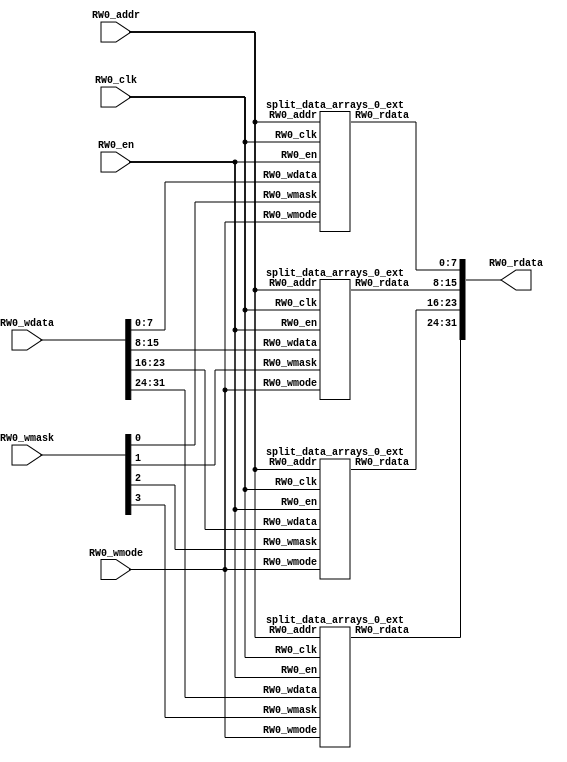
module data_arrays_0_ext(
  input  [11:0] RW0_addr,
  input         RW0_clk,
  input  [31:0] RW0_wdata,
  output [31:0] RW0_rdata,
  input         RW0_en,
  input         RW0_wmode,
  input  [3:0]  RW0_wmask
);
  wire [11:0] mem_0_0_RW0_addr;
  wire  mem_0_0_RW0_clk;
  wire [7:0] mem_0_0_RW0_wdata;
  wire [7:0] mem_0_0_RW0_rdata;
  wire  mem_0_0_RW0_en;
  wire  mem_0_0_RW0_wmode;
  wire  mem_0_0_RW0_wmask;
  wire [11:0] mem_0_1_RW0_addr;
  wire  mem_0_1_RW0_clk;
  wire [7:0] mem_0_1_RW0_wdata;
  wire [7:0] mem_0_1_RW0_rdata;
  wire  mem_0_1_RW0_en;
  wire  mem_0_1_RW0_wmode;
  wire  mem_0_1_RW0_wmask;
  wire [11:0] mem_0_2_RW0_addr;
  wire  mem_0_2_RW0_clk;
  wire [7:0] mem_0_2_RW0_wdata;
  wire [7:0] mem_0_2_RW0_rdata;
  wire  mem_0_2_RW0_en;
  wire  mem_0_2_RW0_wmode;
  wire  mem_0_2_RW0_wmask;
  wire [11:0] mem_0_3_RW0_addr;
  wire  mem_0_3_RW0_clk;
  wire [7:0] mem_0_3_RW0_wdata;
  wire [7:0] mem_0_3_RW0_rdata;
  wire  mem_0_3_RW0_en;
  wire  mem_0_3_RW0_wmode;
  wire  mem_0_3_RW0_wmask;
  wire [7:0] RW0_rdata_0_0 = mem_0_0_RW0_rdata;
  wire [7:0] RW0_rdata_0_1 = mem_0_1_RW0_rdata;
  wire [7:0] RW0_rdata_0_2 = mem_0_2_RW0_rdata;
  wire [7:0] RW0_rdata_0_3 = mem_0_3_RW0_rdata;
  wire [15:0] _GEN_0 = {RW0_rdata_0_1,RW0_rdata_0_0};
  wire [23:0] _GEN_1 = {RW0_rdata_0_2,RW0_rdata_0_1,RW0_rdata_0_0};
  wire [31:0] RW0_rdata_0 = {RW0_rdata_0_3,RW0_rdata_0_2,RW0_rdata_0_1,RW0_rdata_0_0};
  wire [15:0] _GEN_2 = {RW0_rdata_0_1,RW0_rdata_0_0};
  wire [23:0] _GEN_3 = {RW0_rdata_0_2,RW0_rdata_0_1,RW0_rdata_0_0};
  split_data_arrays_0_ext mem_0_0 (
    .RW0_addr(mem_0_0_RW0_addr),
    .RW0_clk(mem_0_0_RW0_clk),
    .RW0_wdata(mem_0_0_RW0_wdata),
    .RW0_rdata(mem_0_0_RW0_rdata),
    .RW0_en(mem_0_0_RW0_en),
    .RW0_wmode(mem_0_0_RW0_wmode),
    .RW0_wmask(mem_0_0_RW0_wmask)
  );
  split_data_arrays_0_ext mem_0_1 (
    .RW0_addr(mem_0_1_RW0_addr),
    .RW0_clk(mem_0_1_RW0_clk),
    .RW0_wdata(mem_0_1_RW0_wdata),
    .RW0_rdata(mem_0_1_RW0_rdata),
    .RW0_en(mem_0_1_RW0_en),
    .RW0_wmode(mem_0_1_RW0_wmode),
    .RW0_wmask(mem_0_1_RW0_wmask)
  );
  split_data_arrays_0_ext mem_0_2 (
    .RW0_addr(mem_0_2_RW0_addr),
    .RW0_clk(mem_0_2_RW0_clk),
    .RW0_wdata(mem_0_2_RW0_wdata),
    .RW0_rdata(mem_0_2_RW0_rdata),
    .RW0_en(mem_0_2_RW0_en),
    .RW0_wmode(mem_0_2_RW0_wmode),
    .RW0_wmask(mem_0_2_RW0_wmask)
  );
  split_data_arrays_0_ext mem_0_3 (
    .RW0_addr(mem_0_3_RW0_addr),
    .RW0_clk(mem_0_3_RW0_clk),
    .RW0_wdata(mem_0_3_RW0_wdata),
    .RW0_rdata(mem_0_3_RW0_rdata),
    .RW0_en(mem_0_3_RW0_en),
    .RW0_wmode(mem_0_3_RW0_wmode),
    .RW0_wmask(mem_0_3_RW0_wmask)
  );
  assign RW0_rdata = {RW0_rdata_0_3,_GEN_1};
  assign mem_0_0_RW0_addr = RW0_addr;
  assign mem_0_0_RW0_clk = RW0_clk;
  assign mem_0_0_RW0_wdata = RW0_wdata[7:0];
  assign mem_0_0_RW0_en = RW0_en;
  assign mem_0_0_RW0_wmode = RW0_wmode;
  assign mem_0_0_RW0_wmask = RW0_wmask[0];
  assign mem_0_1_RW0_addr = RW0_addr;
  assign mem_0_1_RW0_clk = RW0_clk;
  assign mem_0_1_RW0_wdata = RW0_wdata[15:8];
  assign mem_0_1_RW0_en = RW0_en;
  assign mem_0_1_RW0_wmode = RW0_wmode;
  assign mem_0_1_RW0_wmask = RW0_wmask[1];
  assign mem_0_2_RW0_addr = RW0_addr;
  assign mem_0_2_RW0_clk = RW0_clk;
  assign mem_0_2_RW0_wdata = RW0_wdata[23:16];
  assign mem_0_2_RW0_en = RW0_en;
  assign mem_0_2_RW0_wmode = RW0_wmode;
  assign mem_0_2_RW0_wmask = RW0_wmask[2];
  assign mem_0_3_RW0_addr = RW0_addr;
  assign mem_0_3_RW0_clk = RW0_clk;
  assign mem_0_3_RW0_wdata = RW0_wdata[31:24];
  assign mem_0_3_RW0_en = RW0_en;
  assign mem_0_3_RW0_wmode = RW0_wmode;
  assign mem_0_3_RW0_wmask = RW0_wmask[3];
endmodule
module tag_array_ext(
  input  [5:0]  RW0_addr,
  input         RW0_clk,
  input  [20:0] RW0_wdata,
  output [20:0] RW0_rdata,
  input         RW0_en,
  input         RW0_wmode,
  input         RW0_wmask
);
  wire [5:0] mem_0_0_RW0_addr;
  wire  mem_0_0_RW0_clk;
  wire [20:0] mem_0_0_RW0_wdata;
  wire [20:0] mem_0_0_RW0_rdata;
  wire  mem_0_0_RW0_en;
  wire  mem_0_0_RW0_wmode;
  wire  mem_0_0_RW0_wmask;
  wire [20:0] RW0_rdata_0_0 = mem_0_0_RW0_rdata;
  wire [20:0] RW0_rdata_0 = RW0_rdata_0_0;
  split_tag_array_ext mem_0_0 (
    .RW0_addr(mem_0_0_RW0_addr),
    .RW0_clk(mem_0_0_RW0_clk),
    .RW0_wdata(mem_0_0_RW0_wdata),
    .RW0_rdata(mem_0_0_RW0_rdata),
    .RW0_en(mem_0_0_RW0_en),
    .RW0_wmode(mem_0_0_RW0_wmode),
    .RW0_wmask(mem_0_0_RW0_wmask)
  );
  assign RW0_rdata = mem_0_0_RW0_rdata;
  assign mem_0_0_RW0_addr = RW0_addr;
  assign mem_0_0_RW0_clk = RW0_clk;
  assign mem_0_0_RW0_wdata = RW0_wdata;
  assign mem_0_0_RW0_en = RW0_en;
  assign mem_0_0_RW0_wmode = RW0_wmode;
  assign mem_0_0_RW0_wmask = RW0_wmask;
endmodule
module data_arrays_0_0_ext(
  input  [9:0]  RW0_addr,
  input         RW0_clk,
  input  [31:0] RW0_wdata,
  output [31:0] RW0_rdata,
  input         RW0_en,
  input         RW0_wmode,
  input         RW0_wmask
);
  wire [9:0] mem_0_0_RW0_addr;
  wire  mem_0_0_RW0_clk;
  wire [31:0] mem_0_0_RW0_wdata;
  wire [31:0] mem_0_0_RW0_rdata;
  wire  mem_0_0_RW0_en;
  wire  mem_0_0_RW0_wmode;
  wire  mem_0_0_RW0_wmask;
  wire [31:0] RW0_rdata_0_0 = mem_0_0_RW0_rdata;
  wire [31:0] RW0_rdata_0 = RW0_rdata_0_0;
  split_data_arrays_0_0_ext mem_0_0 (
    .RW0_addr(mem_0_0_RW0_addr),
    .RW0_clk(mem_0_0_RW0_clk),
    .RW0_wdata(mem_0_0_RW0_wdata),
    .RW0_rdata(mem_0_0_RW0_rdata),
    .RW0_en(mem_0_0_RW0_en),
    .RW0_wmode(mem_0_0_RW0_wmode),
    .RW0_wmask(mem_0_0_RW0_wmask)
  );
  assign RW0_rdata = mem_0_0_RW0_rdata;
  assign mem_0_0_RW0_addr = RW0_addr;
  assign mem_0_0_RW0_clk = RW0_clk;
  assign mem_0_0_RW0_wdata = RW0_wdata;
  assign mem_0_0_RW0_en = RW0_en;
  assign mem_0_0_RW0_wmode = RW0_wmode;
  assign mem_0_0_RW0_wmask = RW0_wmask;
endmodule
module l2_tlb_ram_ext(
  input  [9:0]  RW0_addr,
  input         RW0_clk,
  input  [36:0] RW0_wdata,
  output [36:0] RW0_rdata,
  input         RW0_en,
  input         RW0_wmode
);
  wire [9:0] mem_0_0_RW0_addr;
  wire  mem_0_0_RW0_clk;
  wire [36:0] mem_0_0_RW0_wdata;
  wire [36:0] mem_0_0_RW0_rdata;
  wire  mem_0_0_RW0_en;
  wire  mem_0_0_RW0_wmode;
  wire [36:0] RW0_rdata_0_0 = mem_0_0_RW0_rdata;
  wire [36:0] RW0_rdata_0 = RW0_rdata_0_0;
  split_l2_tlb_ram_ext mem_0_0 (
    .RW0_addr(mem_0_0_RW0_addr),
    .RW0_clk(mem_0_0_RW0_clk),
    .RW0_wdata(mem_0_0_RW0_wdata),
    .RW0_rdata(mem_0_0_RW0_rdata),
    .RW0_en(mem_0_0_RW0_en),
    .RW0_wmode(mem_0_0_RW0_wmode)
  );
  assign RW0_rdata = mem_0_0_RW0_rdata;
  assign mem_0_0_RW0_addr = RW0_addr;
  assign mem_0_0_RW0_clk = RW0_clk;
  assign mem_0_0_RW0_wdata = RW0_wdata;
  assign mem_0_0_RW0_en = RW0_en;
  assign mem_0_0_RW0_wmode = RW0_wmode;
endmodule
module split_data_arrays_0_ext(
  input  [11:0] RW0_addr,
  input         RW0_clk,
  input  [7:0]  RW0_wdata,
  output [7:0]  RW0_rdata,
  input         RW0_en,
  input         RW0_wmode,
  input         RW0_wmask
);
`ifdef RANDOMIZE_MEM_INIT
  reg [31:0] _RAND_0;
`endif // RANDOMIZE_MEM_INIT
`ifdef RANDOMIZE_REG_INIT
  reg [31:0] _RAND_1;
  reg [31:0] _RAND_2;
`endif // RANDOMIZE_REG_INIT
  reg [7:0] ram [0:4095];
  wire [7:0] ram_RW_0_r_data;
  wire [11:0] ram_RW_0_r_addr;
  wire [7:0] ram_RW_0_w_data;
  wire [11:0] ram_RW_0_w_addr;
  wire  ram_RW_0_w_mask;
  wire  ram_RW_0_w_en;
  reg  ram_RW_0_r_en_pipe_0;
  reg [11:0] ram_RW_0_r_addr_pipe_0;
  wire  _GEN_0 = ~RW0_wmode;
  wire  _GEN_1 = ~RW0_wmode;
  assign ram_RW_0_r_addr = ram_RW_0_r_addr_pipe_0;
  assign ram_RW_0_r_data = ram[ram_RW_0_r_addr];
  assign ram_RW_0_w_data = RW0_wdata;
  assign ram_RW_0_w_addr = RW0_addr;
  assign ram_RW_0_w_mask = RW0_wmask;
  assign ram_RW_0_w_en = RW0_en & RW0_wmode;
  assign RW0_rdata = ram_RW_0_r_data;
  always @(posedge RW0_clk) begin
    if(ram_RW_0_w_en & ram_RW_0_w_mask) begin
      ram[ram_RW_0_w_addr] <= ram_RW_0_w_data;
    end
    ram_RW_0_r_en_pipe_0 <= RW0_en & ~RW0_wmode;
    if (RW0_en & ~RW0_wmode) begin
      ram_RW_0_r_addr_pipe_0 <= RW0_addr;
    end
  end
// Register and memory initialization
`ifdef RANDOMIZE_GARBAGE_ASSIGN
`define RANDOMIZE
`endif
`ifdef RANDOMIZE_INVALID_ASSIGN
`define RANDOMIZE
`endif
`ifdef RANDOMIZE_REG_INIT
`define RANDOMIZE
`endif
`ifdef RANDOMIZE_MEM_INIT
`define RANDOMIZE
`endif
`ifndef RANDOM
`define RANDOM $random
`endif
`ifdef RANDOMIZE_MEM_INIT
  integer initvar;
`endif
`ifndef SYNTHESIS
`ifdef FIRRTL_BEFORE_INITIAL
`FIRRTL_BEFORE_INITIAL
`endif
initial begin
  `ifdef RANDOMIZE
    `ifdef INIT_RANDOM
      `INIT_RANDOM
    `endif
    `ifndef VERILATOR
      `ifdef RANDOMIZE_DELAY
        #`RANDOMIZE_DELAY begin end
      `else
        #0.002 begin end
      `endif
    `endif
`ifdef RANDOMIZE_MEM_INIT
  _RAND_0 = {1{`RANDOM}};
  for (initvar = 0; initvar < 4096; initvar = initvar+1)
    ram[initvar] = _RAND_0[7:0];
`endif // RANDOMIZE_MEM_INIT
`ifdef RANDOMIZE_REG_INIT
  _RAND_1 = {1{`RANDOM}};
  ram_RW_0_r_en_pipe_0 = _RAND_1[0:0];
  _RAND_2 = {1{`RANDOM}};
  ram_RW_0_r_addr_pipe_0 = _RAND_2[11:0];
`endif // RANDOMIZE_REG_INIT
  `endif // RANDOMIZE
end // initial
`ifdef FIRRTL_AFTER_INITIAL
`FIRRTL_AFTER_INITIAL
`endif
`endif // SYNTHESIS
endmodule
module split_tag_array_ext(
  input  [5:0]  RW0_addr,
  input         RW0_clk,
  input  [20:0] RW0_wdata,
  output [20:0] RW0_rdata,
  input         RW0_en,
  input         RW0_wmode,
  input         RW0_wmask
);
`ifdef RANDOMIZE_MEM_INIT
  reg [31:0] _RAND_0;
`endif // RANDOMIZE_MEM_INIT
`ifdef RANDOMIZE_REG_INIT
  reg [31:0] _RAND_1;
  reg [31:0] _RAND_2;
`endif // RANDOMIZE_REG_INIT
  reg [20:0] ram [0:63];
  wire [20:0] ram_RW_0_r_data;
  wire [5:0] ram_RW_0_r_addr;
  wire [20:0] ram_RW_0_w_data;
  wire [5:0] ram_RW_0_w_addr;
  wire  ram_RW_0_w_mask;
  wire  ram_RW_0_w_en;
  reg  ram_RW_0_r_en_pipe_0;
  reg [5:0] ram_RW_0_r_addr_pipe_0;
  wire  _GEN_0 = ~RW0_wmode;
  wire  _GEN_1 = ~RW0_wmode;
  assign ram_RW_0_r_addr = ram_RW_0_r_addr_pipe_0;
  assign ram_RW_0_r_data = ram[ram_RW_0_r_addr];
  assign ram_RW_0_w_data = RW0_wdata;
  assign ram_RW_0_w_addr = RW0_addr;
  assign ram_RW_0_w_mask = RW0_wmask;
  assign ram_RW_0_w_en = RW0_en & RW0_wmode;
  assign RW0_rdata = ram_RW_0_r_data;
  always @(posedge RW0_clk) begin
    if(ram_RW_0_w_en & ram_RW_0_w_mask) begin
      ram[ram_RW_0_w_addr] <= ram_RW_0_w_data;
    end
    ram_RW_0_r_en_pipe_0 <= RW0_en & ~RW0_wmode;
    if (RW0_en & ~RW0_wmode) begin
      ram_RW_0_r_addr_pipe_0 <= RW0_addr;
    end
  end
// Register and memory initialization
`ifdef RANDOMIZE_GARBAGE_ASSIGN
`define RANDOMIZE
`endif
`ifdef RANDOMIZE_INVALID_ASSIGN
`define RANDOMIZE
`endif
`ifdef RANDOMIZE_REG_INIT
`define RANDOMIZE
`endif
`ifdef RANDOMIZE_MEM_INIT
`define RANDOMIZE
`endif
`ifndef RANDOM
`define RANDOM $random
`endif
`ifdef RANDOMIZE_MEM_INIT
  integer initvar;
`endif
`ifndef SYNTHESIS
`ifdef FIRRTL_BEFORE_INITIAL
`FIRRTL_BEFORE_INITIAL
`endif
initial begin
  `ifdef RANDOMIZE
    `ifdef INIT_RANDOM
      `INIT_RANDOM
    `endif
    `ifndef VERILATOR
      `ifdef RANDOMIZE_DELAY
        #`RANDOMIZE_DELAY begin end
      `else
        #0.002 begin end
      `endif
    `endif
`ifdef RANDOMIZE_MEM_INIT
  _RAND_0 = {1{`RANDOM}};
  for (initvar = 0; initvar < 64; initvar = initvar+1)
    ram[initvar] = _RAND_0[20:0];
`endif // RANDOMIZE_MEM_INIT
`ifdef RANDOMIZE_REG_INIT
  _RAND_1 = {1{`RANDOM}};
  ram_RW_0_r_en_pipe_0 = _RAND_1[0:0];
  _RAND_2 = {1{`RANDOM}};
  ram_RW_0_r_addr_pipe_0 = _RAND_2[5:0];
`endif // RANDOMIZE_REG_INIT
  `endif // RANDOMIZE
end // initial
`ifdef FIRRTL_AFTER_INITIAL
`FIRRTL_AFTER_INITIAL
`endif
`endif // SYNTHESIS
endmodule
module split_data_arrays_0_0_ext(
  input  [9:0]  RW0_addr,
  input         RW0_clk,
  input  [31:0] RW0_wdata,
  output [31:0] RW0_rdata,
  input         RW0_en,
  input         RW0_wmode,
  input         RW0_wmask
);
`ifdef RANDOMIZE_MEM_INIT
  reg [31:0] _RAND_0;
`endif // RANDOMIZE_MEM_INIT
`ifdef RANDOMIZE_REG_INIT
  reg [31:0] _RAND_1;
  reg [31:0] _RAND_2;
`endif // RANDOMIZE_REG_INIT
  reg [31:0] ram [0:1023];
  wire [31:0] ram_RW_0_r_data;
  wire [9:0] ram_RW_0_r_addr;
  wire [31:0] ram_RW_0_w_data;
  wire [9:0] ram_RW_0_w_addr;
  wire  ram_RW_0_w_mask;
  wire  ram_RW_0_w_en;
  reg  ram_RW_0_r_en_pipe_0;
  reg [9:0] ram_RW_0_r_addr_pipe_0;
  wire  _GEN_0 = ~RW0_wmode;
  wire  _GEN_1 = ~RW0_wmode;
  assign ram_RW_0_r_addr = ram_RW_0_r_addr_pipe_0;
  assign ram_RW_0_r_data = ram[ram_RW_0_r_addr];
  assign ram_RW_0_w_data = RW0_wdata;
  assign ram_RW_0_w_addr = RW0_addr;
  assign ram_RW_0_w_mask = RW0_wmask;
  assign ram_RW_0_w_en = RW0_en & RW0_wmode;
  assign RW0_rdata = ram_RW_0_r_data;
  always @(posedge RW0_clk) begin
    if(ram_RW_0_w_en & ram_RW_0_w_mask) begin
      ram[ram_RW_0_w_addr] <= ram_RW_0_w_data;
    end
    ram_RW_0_r_en_pipe_0 <= RW0_en & ~RW0_wmode;
    if (RW0_en & ~RW0_wmode) begin
      ram_RW_0_r_addr_pipe_0 <= RW0_addr;
    end
  end
// Register and memory initialization
`ifdef RANDOMIZE_GARBAGE_ASSIGN
`define RANDOMIZE
`endif
`ifdef RANDOMIZE_INVALID_ASSIGN
`define RANDOMIZE
`endif
`ifdef RANDOMIZE_REG_INIT
`define RANDOMIZE
`endif
`ifdef RANDOMIZE_MEM_INIT
`define RANDOMIZE
`endif
`ifndef RANDOM
`define RANDOM $random
`endif
`ifdef RANDOMIZE_MEM_INIT
  integer initvar;
`endif
`ifndef SYNTHESIS
`ifdef FIRRTL_BEFORE_INITIAL
`FIRRTL_BEFORE_INITIAL
`endif
initial begin
  `ifdef RANDOMIZE
    `ifdef INIT_RANDOM
      `INIT_RANDOM
    `endif
    `ifndef VERILATOR
      `ifdef RANDOMIZE_DELAY
        #`RANDOMIZE_DELAY begin end
      `else
        #0.002 begin end
      `endif
    `endif
`ifdef RANDOMIZE_MEM_INIT
  _RAND_0 = {1{`RANDOM}};
  for (initvar = 0; initvar < 1024; initvar = initvar+1)
    ram[initvar] = _RAND_0[31:0];
`endif // RANDOMIZE_MEM_INIT
`ifdef RANDOMIZE_REG_INIT
  _RAND_1 = {1{`RANDOM}};
  ram_RW_0_r_en_pipe_0 = _RAND_1[0:0];
  _RAND_2 = {1{`RANDOM}};
  ram_RW_0_r_addr_pipe_0 = _RAND_2[9:0];
`endif // RANDOMIZE_REG_INIT
  `endif // RANDOMIZE
end // initial
`ifdef FIRRTL_AFTER_INITIAL
`FIRRTL_AFTER_INITIAL
`endif
`endif // SYNTHESIS
endmodule
module split_l2_tlb_ram_ext(
  input  [9:0]  RW0_addr,
  input         RW0_clk,
  input  [36:0] RW0_wdata,
  output [36:0] RW0_rdata,
  input         RW0_en,
  input         RW0_wmode
);
`ifdef RANDOMIZE_MEM_INIT
  reg [63:0] _RAND_0;
`endif // RANDOMIZE_MEM_INIT
`ifdef RANDOMIZE_REG_INIT
  reg [31:0] _RAND_1;
  reg [31:0] _RAND_2;
`endif // RANDOMIZE_REG_INIT
  reg [36:0] ram [0:1023];
  wire [36:0] ram_RW_0_r_data;
  wire [9:0] ram_RW_0_r_addr;
  wire [36:0] ram_RW_0_w_data;
  wire [9:0] ram_RW_0_w_addr;
  wire  ram_RW_0_w_mask;
  wire  ram_RW_0_w_en;
  reg  ram_RW_0_r_en_pipe_0;
  reg [9:0] ram_RW_0_r_addr_pipe_0;
  wire  _GEN_0 = ~RW0_wmode;
  wire  _GEN_1 = ~RW0_wmode;
  assign ram_RW_0_r_addr = ram_RW_0_r_addr_pipe_0;
  assign ram_RW_0_r_data = ram[ram_RW_0_r_addr];
  assign ram_RW_0_w_data = RW0_wdata;
  assign ram_RW_0_w_addr = RW0_addr;
  assign ram_RW_0_w_mask = 1'h1;
  assign ram_RW_0_w_en = RW0_en & RW0_wmode;
  assign RW0_rdata = ram_RW_0_r_data;
  always @(posedge RW0_clk) begin
    if(ram_RW_0_w_en & ram_RW_0_w_mask) begin
      ram[ram_RW_0_w_addr] <= ram_RW_0_w_data;
    end
    ram_RW_0_r_en_pipe_0 <= RW0_en & ~RW0_wmode;
    if (RW0_en & ~RW0_wmode) begin
      ram_RW_0_r_addr_pipe_0 <= RW0_addr;
    end
  end
// Register and memory initialization
`ifdef RANDOMIZE_GARBAGE_ASSIGN
`define RANDOMIZE
`endif
`ifdef RANDOMIZE_INVALID_ASSIGN
`define RANDOMIZE
`endif
`ifdef RANDOMIZE_REG_INIT
`define RANDOMIZE
`endif
`ifdef RANDOMIZE_MEM_INIT
`define RANDOMIZE
`endif
`ifndef RANDOM
`define RANDOM $random
`endif
`ifdef RANDOMIZE_MEM_INIT
  integer initvar;
`endif
`ifndef SYNTHESIS
`ifdef FIRRTL_BEFORE_INITIAL
`FIRRTL_BEFORE_INITIAL
`endif
initial begin
  `ifdef RANDOMIZE
    `ifdef INIT_RANDOM
      `INIT_RANDOM
    `endif
    `ifndef VERILATOR
      `ifdef RANDOMIZE_DELAY
        #`RANDOMIZE_DELAY begin end
      `else
        #0.002 begin end
      `endif
    `endif
`ifdef RANDOMIZE_MEM_INIT
  _RAND_0 = {2{`RANDOM}};
  for (initvar = 0; initvar < 1024; initvar = initvar+1)
    ram[initvar] = _RAND_0[36:0];
`endif // RANDOMIZE_MEM_INIT
`ifdef RANDOMIZE_REG_INIT
  _RAND_1 = {1{`RANDOM}};
  ram_RW_0_r_en_pipe_0 = _RAND_1[0:0];
  _RAND_2 = {1{`RANDOM}};
  ram_RW_0_r_addr_pipe_0 = _RAND_2[9:0];
`endif // RANDOMIZE_REG_INIT
  `endif // RANDOMIZE
end // initial
`ifdef FIRRTL_AFTER_INITIAL
`FIRRTL_AFTER_INITIAL
`endif
`endif // SYNTHESIS
endmodule